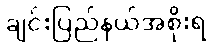
ချင်းပြည်နယ်အစိုးရ